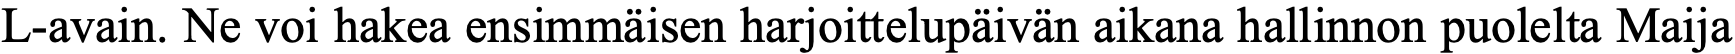
L-avain. Ne voi hakea ensimmäisen harjoittelupäivän aikana hallinnon puolelta Maija